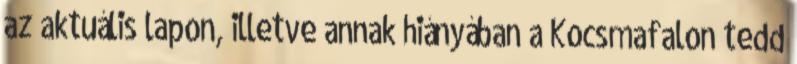
az aktuális lapon, illetve annak hiányában a Kocsmafalon tedd